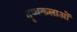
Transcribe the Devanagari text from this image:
दृष्यकलाओं